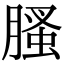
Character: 𦞣